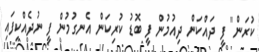
ކުރަން" ފީ ދައްކަން ދިއުމުން ފީ ބޮޑު ކުރިކަން އެނގުމުން ފީ ނުދެއްކިފައި